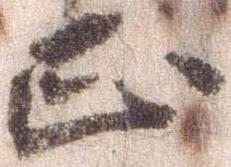
正